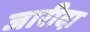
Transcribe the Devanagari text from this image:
जारीदा